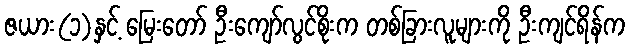
ဇယား(၁)နှင့် မြေးတော် ဦးကျော်လွင်စိုးက တစ်ခြားလူများကို ဦးကျင်ရိန်က